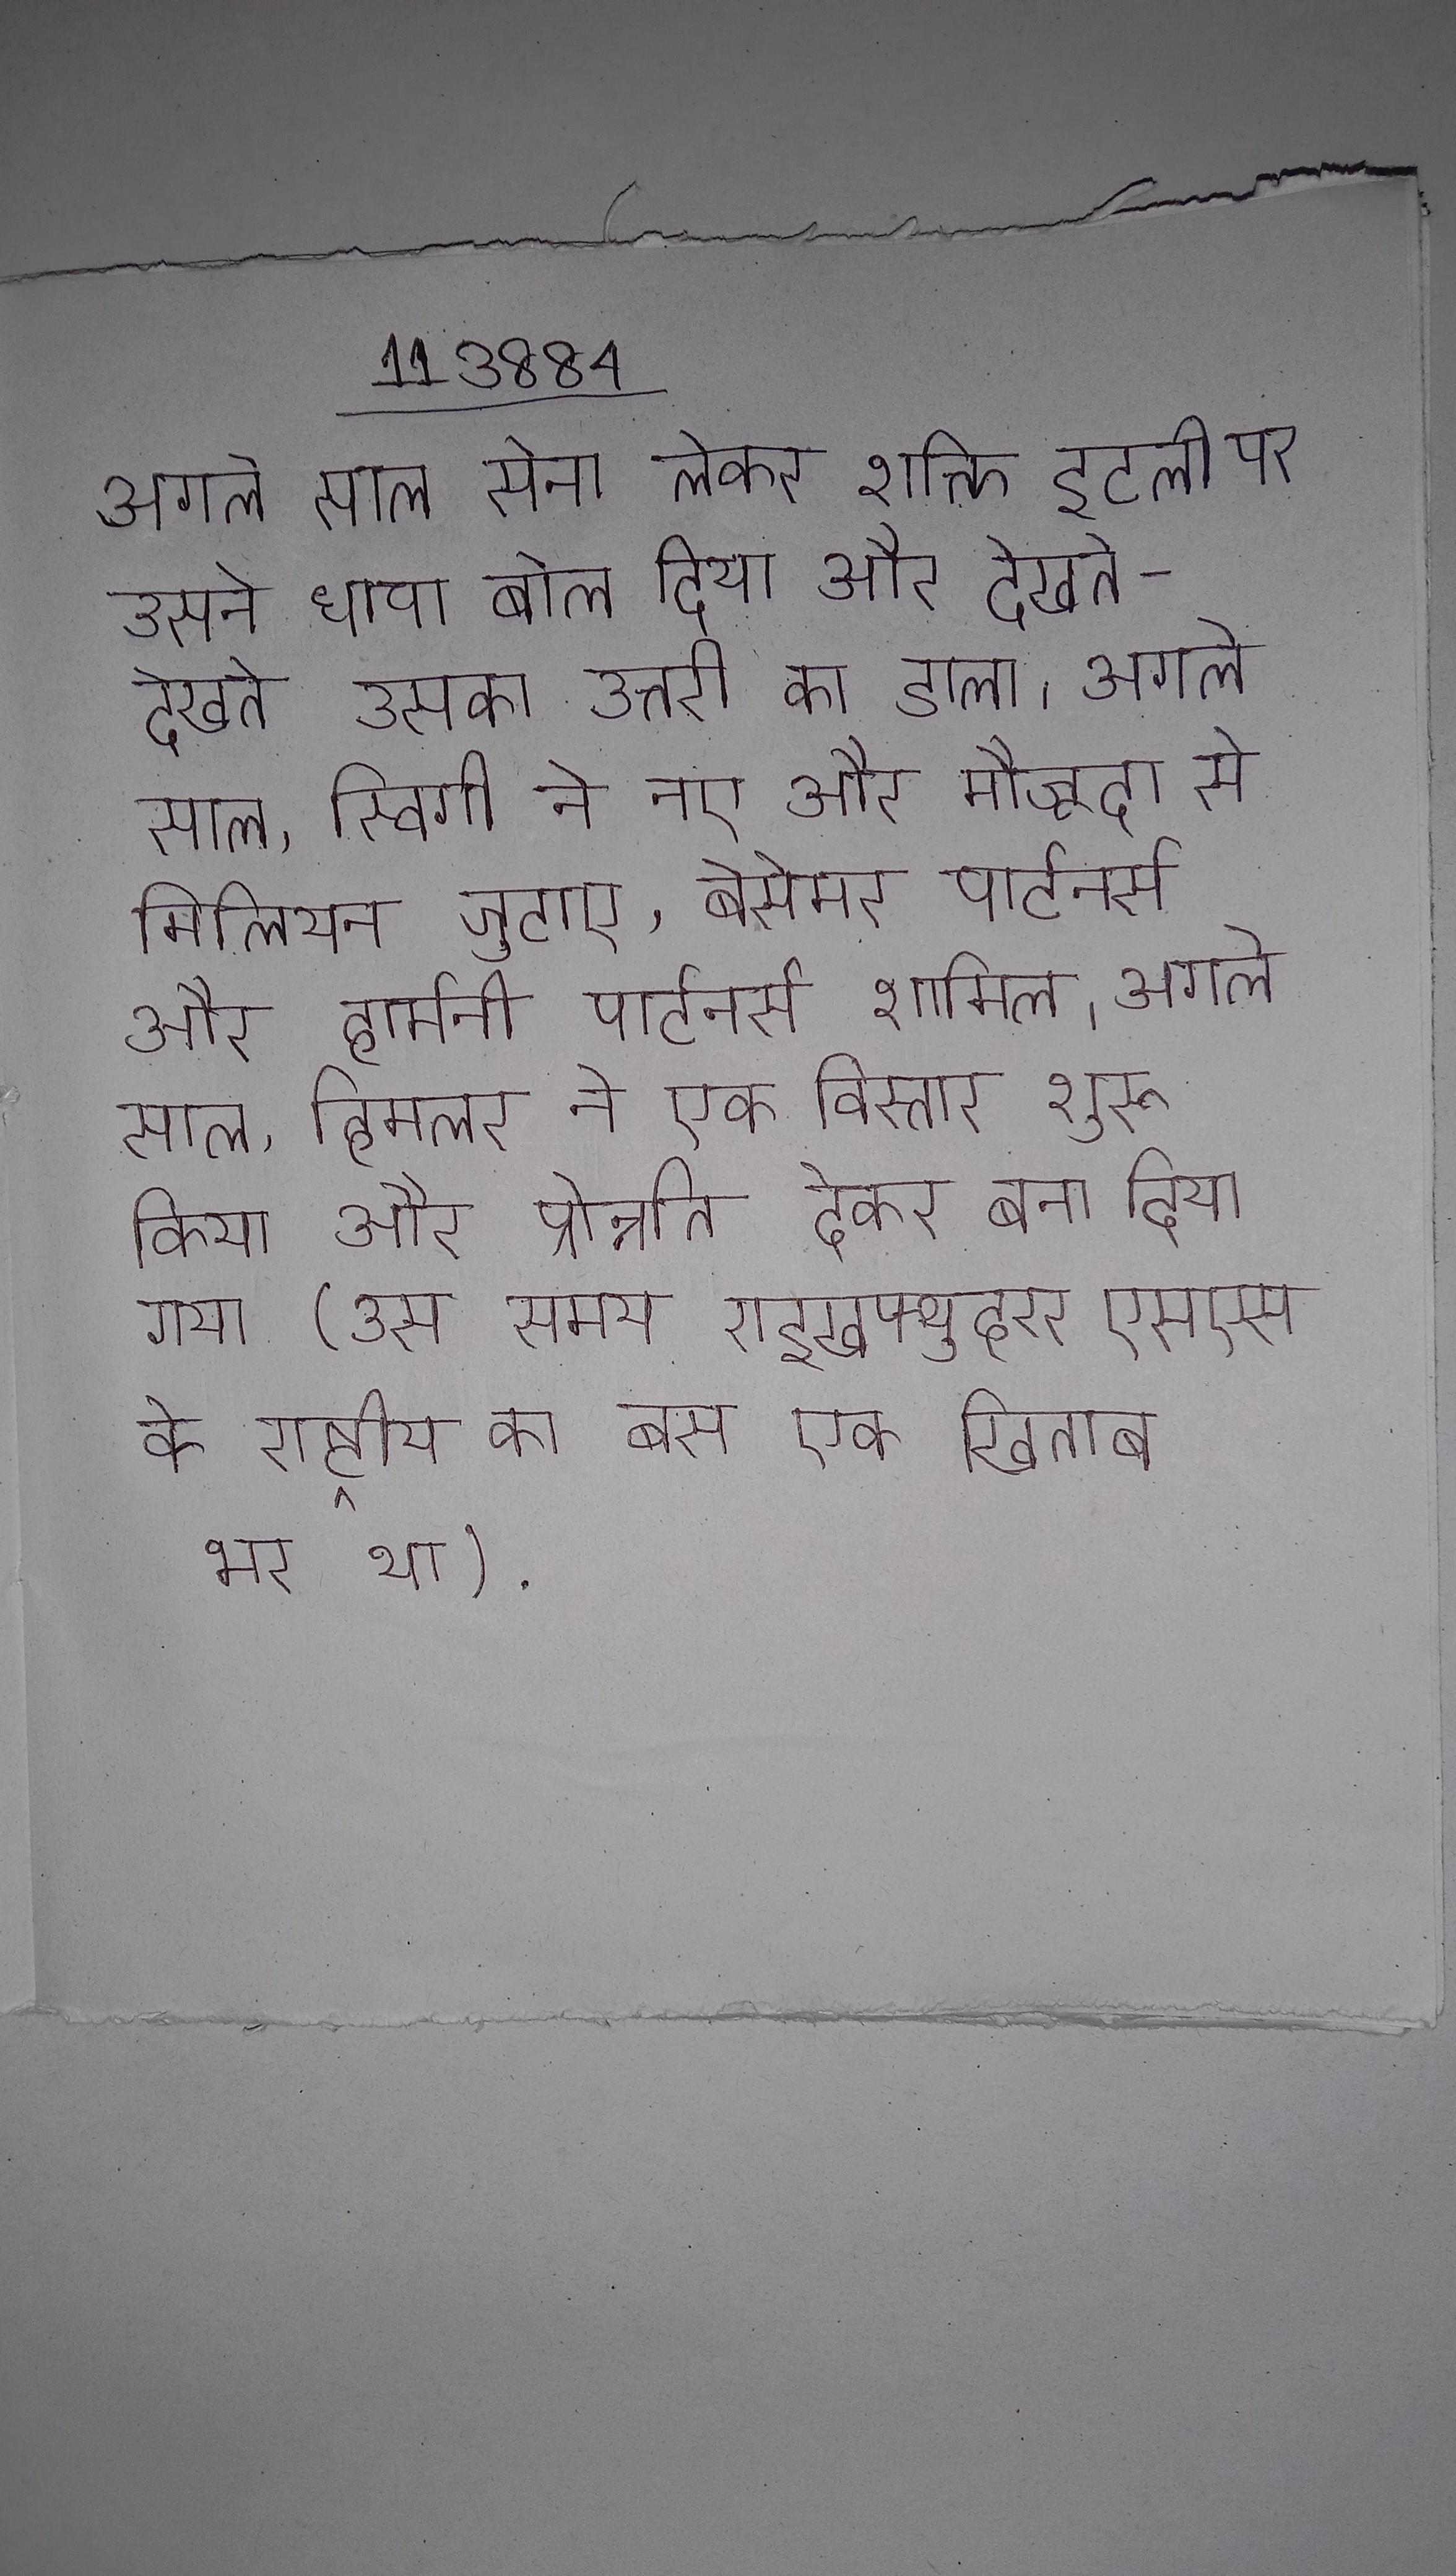
अगले साल सेना लेकर शक्ति इटली पर उसने धावा बोल दिया और देखते-देखते उसका उत्तरी का डाला । अगले साल, स्विगी ने नए और मौजूदा से मिलियन जुटाए, बेसेमर पार्टनर्स और हार्मनी पार्टनर्स शामिल । अगले साल, हिमलर ने एक विस्तार शुरू किया और प्रोन्नति देकर बना दिया गया (उस समय राइखफ्युहरर एसएस के राष्ट्रीय का बस एक खिताब भर था) .